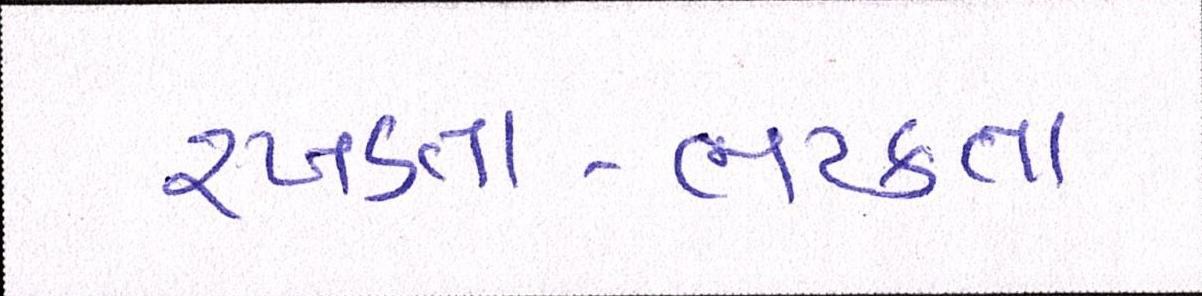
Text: રખડતા-ભટકતા